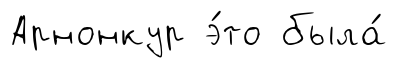
Арнонкур э́то была́